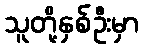
သူတို့နှစ်ဦးမှာ